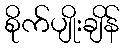
စိုက်ပျိုးချိန်